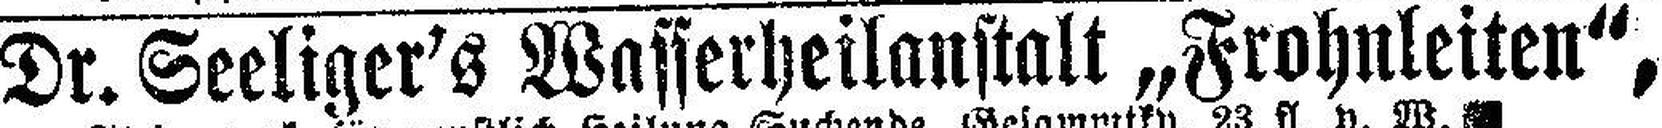
Dr. Seeliger's Wasserheilanstalt „Frohnleiten“,